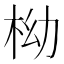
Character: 柪